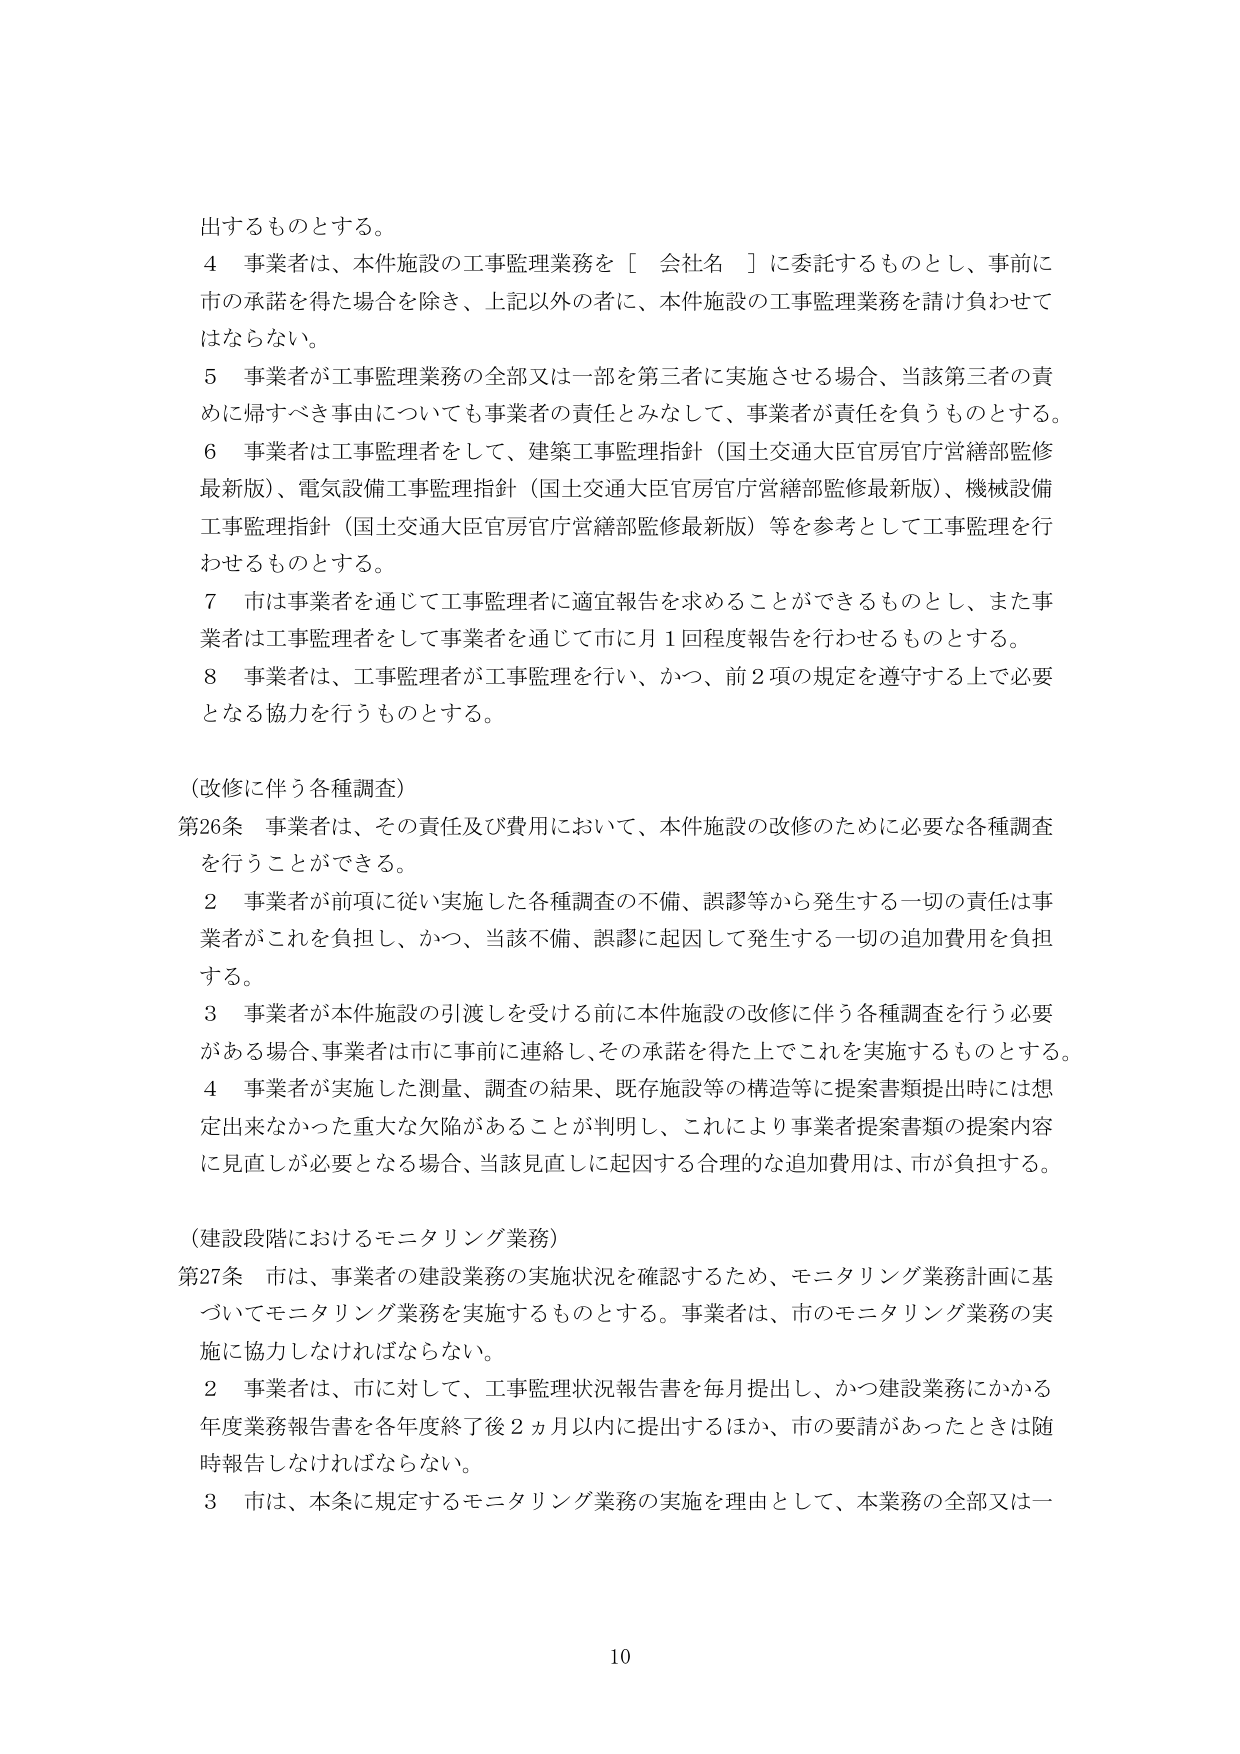
出するものとする。

４ 事業者は、本件施設の工事監理業務を［ 会社名 ］に委託するものとし、事前に市の承諾を得た場合を除き、上記以外の者に、本件施設の工事監理業務を請け負わせてはならない。

５ 事業者が工事監理業務の全部又は一部を第三者に実施させる場合、当該第三者の責めに帰すべき事由についても事業者の責任とみなして、事業者が責任を負うものとする。

６ 事業者は工事監理者をして、建築工事監理指針（国土交通大臣官房官庁営繕部監修最新版）、電気設備工事監理指針（国土交通大臣官房官庁営繕部監修最新版）、機械設備工事監理指針（国土交通大臣官房官庁営繕部監修最新版）等を参考として工事監理を行わせるものとする。

７ 市は事業者を通じて工事監理者に適宜報告を求めることができるものとし、また事業者は工事監理者をして事業者を通じて市に月１回程度報告を行わせるものとする。

８ 事業者は、工事監理者が工事監理を行い、かつ、前２項の規定を遵守する上で必要となる協力を行うものとする。

（改修に伴う各種調査）

第26条 事業者は、その責任及び費用において、本件施設の改修のために必要な各種調査を行うことができる。

２ 事業者が前項に従い実施した各種調査の不備、誤謬等から発生する一切の責任は事業者がこれを負担し、かつ、当該不備、誤謬に起因して発生する一切の追加費用を負担する。

３ 事業者が本件施設の引渡しを受ける前に本件施設の改修に伴う各種調査を行う必要がある場合、事業者は市に事前に連絡し、その承諾を得た上でこれを実施するものとする。

４ 事業者が実施した測量、調査の結果、既存施設等の構造等に提案書類提出時には想定出来なかった重大な欠陥があることが判明し、これにより事業者提案書類の提案内容に見直しが必要となる場合、当該見直しに起因する合理的な追加費用は、市が負担する。

（建設段階におけるモニタリング業務）

第27条 市は、事業者の建設業務の実施状況を確認するため、モニタリング業務計画に基づいてモニタリング業務を実施するものとする。事業者は、市のモニタリング業務の実施に協力しなければならない。

２ 事業者は、市に対して、工事監理状況報告書を毎月提出し、かつ建設業務にかかる年度業務報告書を各年度終了後２ヵ月以内に提出するほか、市の要請があったときは随時報告しなければならない。

３ 市は、本条に規定するモニタリング業務の実施を理由として、本業務の全部又は一

10